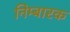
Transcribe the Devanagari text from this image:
निम्बारक